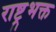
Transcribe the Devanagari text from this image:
राष्ट्रभक्त